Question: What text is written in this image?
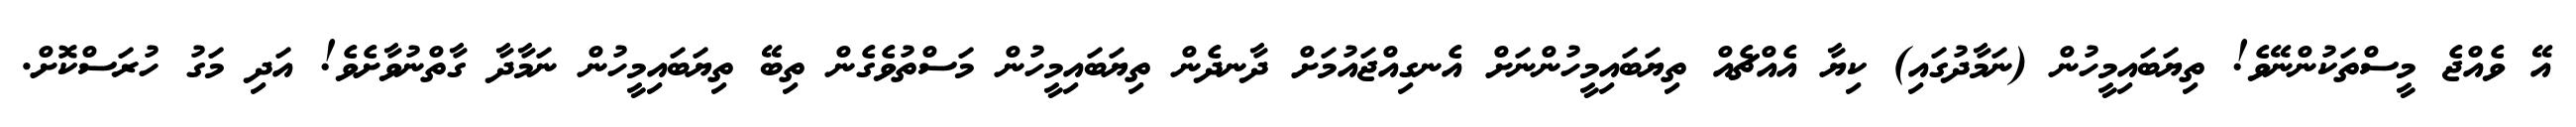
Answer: އޭ ވެއްޖެ މީސްތަކުންނޭވެ! ތިޔަބައިމީހުން (ނަމާދުގައި) ކިޔާ އެއްޗެއް ތިޔަބައިމީހުންނަށް އެނގިއްޖައުމަށް ދާނދެން ތިޔަބައިމީހުން މަސްތުވެގެން ތިބޭ ތިޔަބައިމީހުން ނަމާދާ ގާތްނުވާށެވެ! އަދި މަގު ހުރަސްކޮށް.